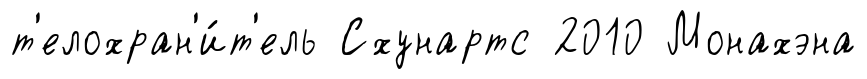
т'елохран'и́т'ель Схунартс 2010 Монахэна